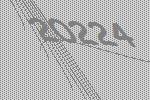
20224